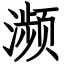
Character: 濒